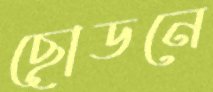
ছোডনে